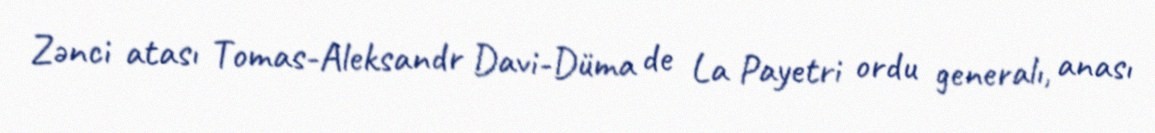
Zənci atası Tomas-Aleksandr Davi-Düma de La Payetri ordu generalı, anası